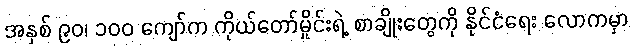
အနှစ် ၉၀၊ ၁၀၀ ကျော်က ကိုယ်တော်မှိုင်းရဲ့ စာချိုးတွေကို နိုင်ငံရေး လောကမှာ